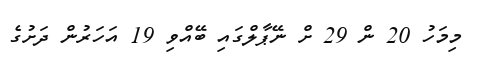
މިމަހު 20 ން 29 ށް ނޭޕާލްގައި ބޭއްވި 19 އަހަރުން ދަށުގެ